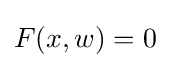
F(x,w)=0